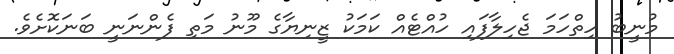
މުނީބު ހިތްހަމަ ޖެހިލާފައި ހުއްޓެއް ކަމަކު ޒީނިޔާގެ މޫނު މަތި ފެންނަނީ ބަނަކޮށެވެ.